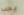
يجب